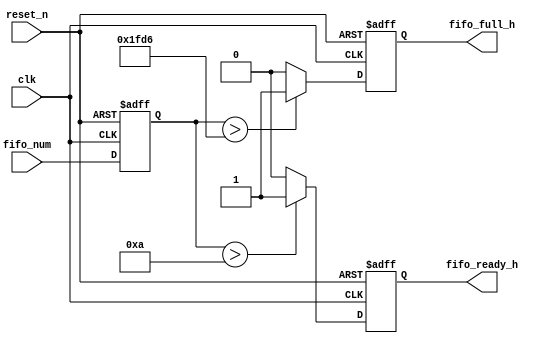
module CheckLASTFifoFull(
						input clk,
						input reset_n,
						
						input [13 : 0] fifo_num,
						
						output reg fifo_full_h,
						output reg fifo_ready_h
);
	reg [13 : 0] fifo_num_reg;
	always @ (posedge clk or negedge reset_n)
	begin
		if (!reset_n)
			fifo_num_reg <= 14'd0;
		else
			fifo_num_reg <= fifo_num;
	end 
	
	parameter [13 : 0] max_num = 14'd8150;
	always @ (posedge clk or negedge reset_n)
	begin
		if (!reset_n)
			fifo_full_h <= 1'b0;
		else if (fifo_num_reg > max_num)
			fifo_full_h <= 1'b1;
		else
			fifo_full_h <= 1'b0;
	end 
	
	parameter [13 : 0] min_num = 14'd10;
	always @ (posedge clk or negedge reset_n)
	begin
		if (!reset_n)
			fifo_ready_h <= 1'b0;
		else if (fifo_num_reg > min_num)
			fifo_ready_h <= 1'b1;
		else
			fifo_ready_h <= 1'b0;
	end 
	
endmodule